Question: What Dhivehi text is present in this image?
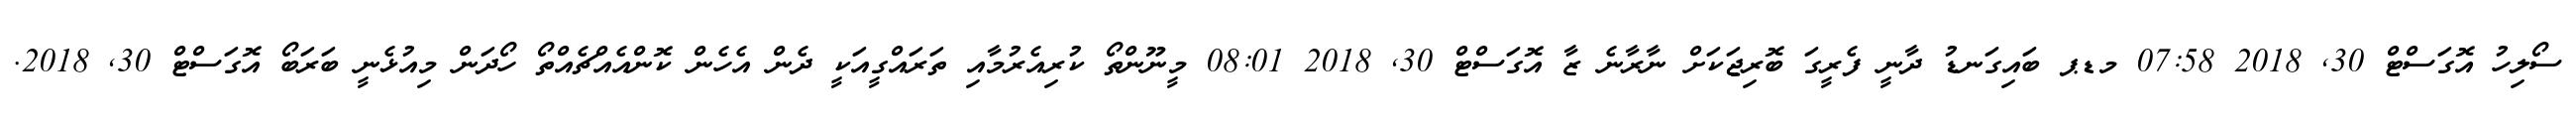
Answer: ސޯލިހު އޮގަސްޓް 30, 2018 07:58 މޑޕ ބައިގަނޑު ދާނީ ފެރީގަ ބޮރިޖަކަށް ނާރާނެ ޒާ އޮގަސްޓް 30, 2018 08:01 މީނޫންތޯ ކުރިއެރުމާއި ތަރައްގީއަކީ ދެން އެހެން ކޮންއެއްޗެއްތޯ ހޯދަން މިއުޅެނީ ބަރަބޯ އޮގަސްޓް 30, 2018.